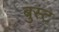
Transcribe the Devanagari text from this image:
बुस्ट